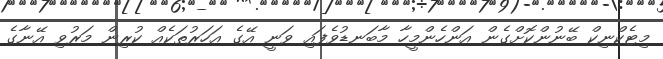
މިޓެކްނިކް ބޭނުންކޮށްގެން އަންހެންމީހާ މާބަނޑުވެފައި ވަނީ އޭގެ އަހަރުތަކެއް ކުރިން މަރުވި އޭނާގެ